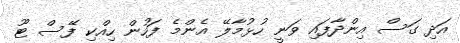
އަދި ގަސް އިންދާފައި ވަނީ ހުޅުމާލޭ އެންމެ ފަހުން ހިއްކި ފޭސް ޓޫ